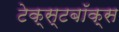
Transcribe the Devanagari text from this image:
टेक्स्टबॉक्स